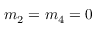
m _ { 2 } = m _ { 4 } = 0